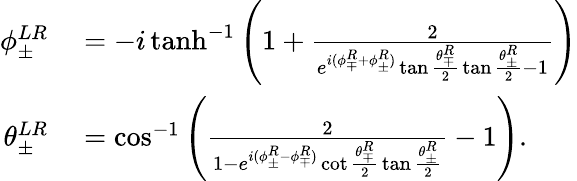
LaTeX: \begin{array}{rl}{\phi_{\pm}^{LR}}&{{}=-i\operatorname{tanh}^{-1}\Bigg(1+\frac{2}{e^{i(\phi_{\mp}^{R}+\phi_{\pm}^{R})}\tan{\frac{\theta_{\mp}^{R}}{2}}\tan{\frac{\theta_{\pm}^{R}}{2}}-1}\Bigg)}\\ {\theta_{\pm}^{LR}}&{{}=\cos^{-1}{\Bigg(\frac{2}{1-e^{i(\phi_{\pm}^{R}-\phi_{\mp}^{R})}\cot{\frac{\theta_{\mp}^{R}}{2}}\tan{\frac{\theta_{\pm}^{R}}{2}}}-1\Bigg)}.}\end{array}